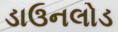
ડાઉનલોડ